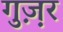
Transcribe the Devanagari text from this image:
गुज़़र